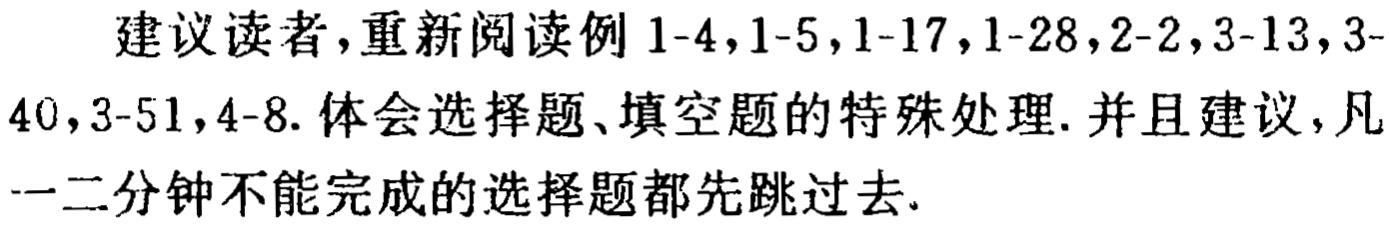
建议读者,重新阅读例1-4,1-5,1-17,1-28,2-2,3-13,3-40,3-51,4-8.体会选择题、填空题的特殊处理.并且建议,凡一二分钟不能完成的选择题都先跳过去.